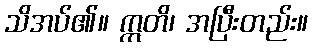
သိအပ်၏။ ဣတိ၊ အပြီးတည်း။